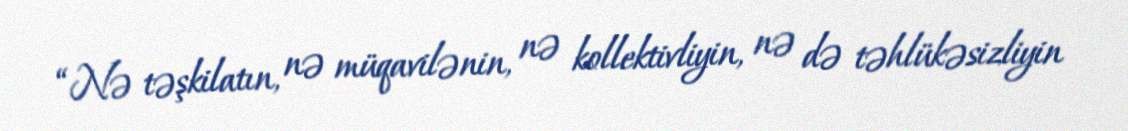
“Nə təşkilatın, nə müqavilənin, nə kollektivliyin, nə də təhlükəsizliyin